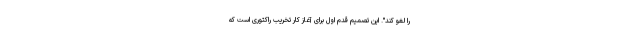
را لغو کند". این تصمیم قدم اول برای آغاز کار تخریب راکتوری است که